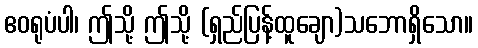
ဧဝရုပံပါ၊ ဤသို့ ဤသို့ (ရှည်ပြန့်ထူချော)သဘောရှိသော။